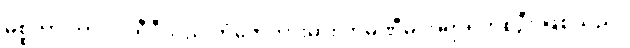
မစ္စတာ ကာလိုဂရီဒီသည် ဘုံဘေဘားမား ကုမ္ပဏီမှ အရာရှိတစ်ဦး ဖြစ်သည်။